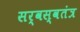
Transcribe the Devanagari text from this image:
सर्वस्वतंत्र